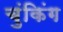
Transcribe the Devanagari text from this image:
चुंकिंग